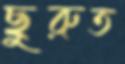
ছুরুত